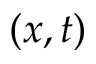
( x , t )